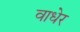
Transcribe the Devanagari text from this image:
वाधेर